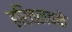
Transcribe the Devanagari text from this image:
हरितलवके